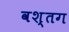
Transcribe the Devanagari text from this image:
वश्तग